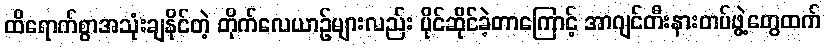
ထိရောက်စွာအသုံးချနိုင်တဲ့ တိုက်လေယာဉ်များလည်း ပိုင်ဆိုင်ခဲ့တာကြောင့် အာဂျင်တီးနားတပ်ဖွဲ့တွေထက်